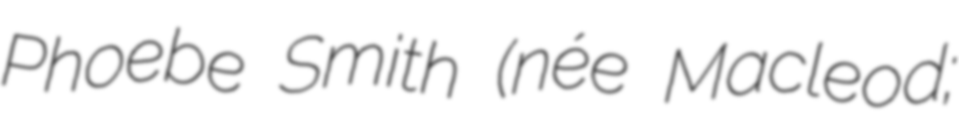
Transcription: Phoebe Smith (née Macleod;